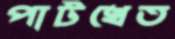
পাটখেত